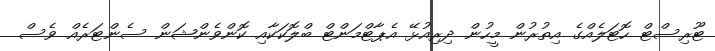
ޓޫރިސްޓް ހޮޓަލެއްގެ އިތުރުން މީހުން ދިރިއުޅޭ އެޕާޓްމަންޓް ބްލޮކަކާއި ކޮންވެންޝަން ސެންޓަރެއް ވެސް